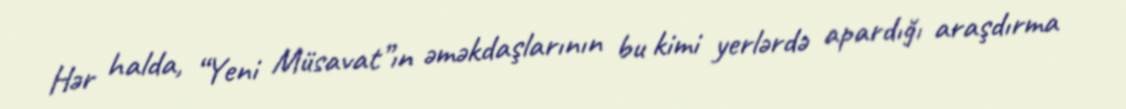
Hər halda, “Yeni Müsavat”ın əməkdaşlarının bu kimi yerlərdə apardığı araşdırma